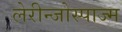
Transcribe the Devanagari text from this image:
लेरीन्जोस्पाज्म